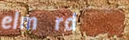
elm rd